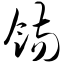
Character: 饬